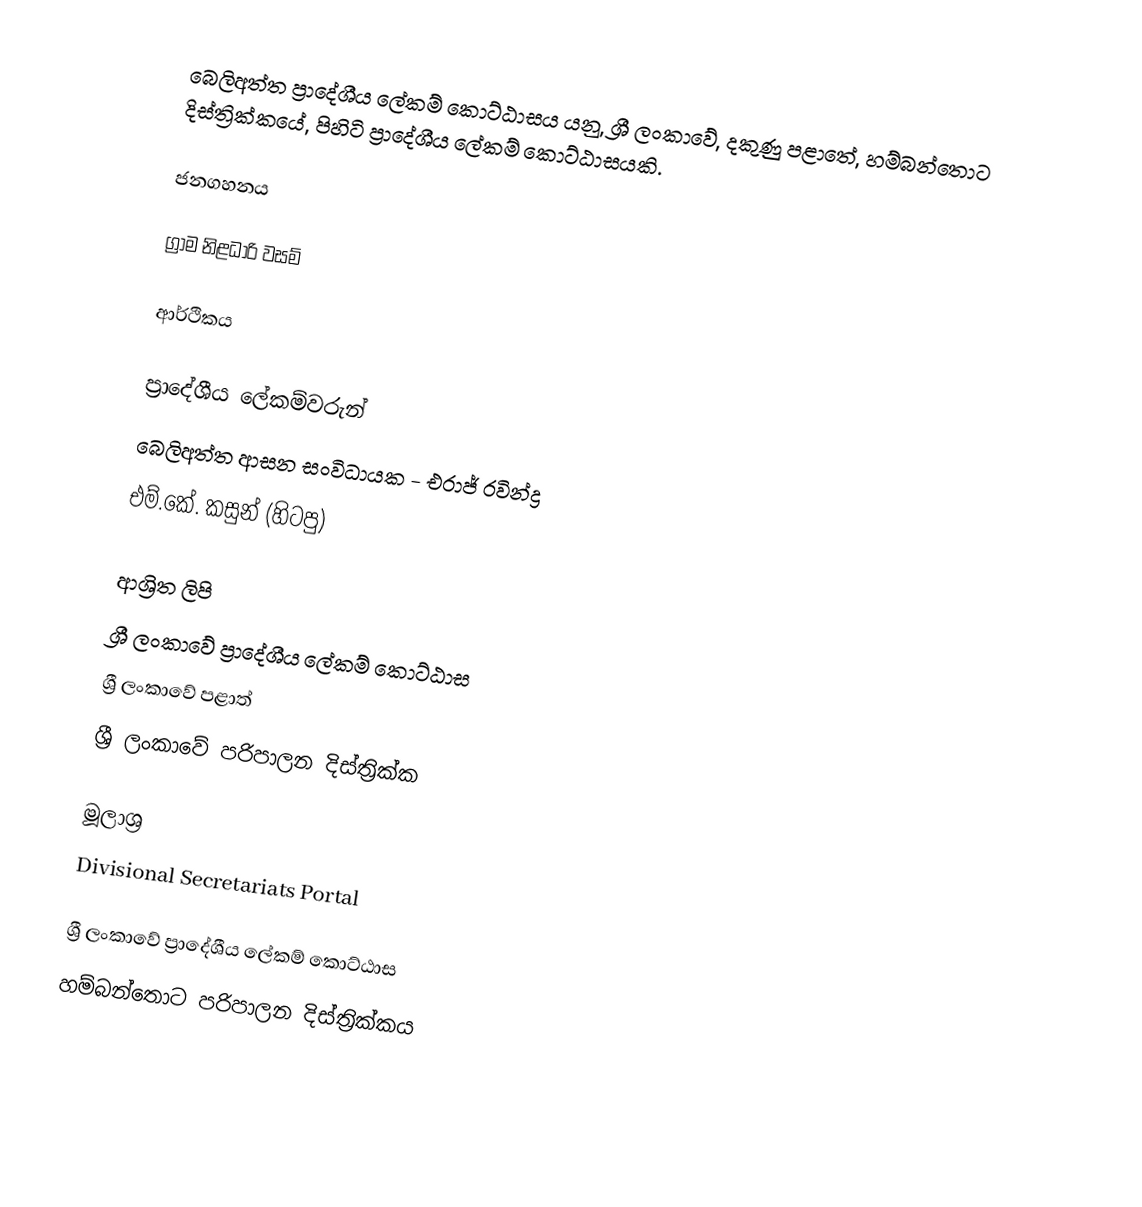
බෙලිඅත්ත ප්‍රාදේශීය ලේකම් කොට්ඨාසය යනු,  ශ්‍රී ලංකාවේ, දකුණු පළාතේ,   හම්බන්තොට දිස්ත්‍රික්කයේ, පිහිටි ප්‍රාදේශීය ලේකම් කොට්ඨාසයකි.

ජනගහනය

ග්‍රාම නිළධාරි වසම්

ආර්ථිකය

ප්‍රාදේශීය ලේකම්වරුන්
 බෙලිඅත්ත ආසන සංවිධායක - එරාජ් රවින්ද්‍ර
 එම්.කේ. කසුන් (හිටපු)

ආශ්‍රිත ලිපි
ශ්‍රී ලංකාවේ ප්‍රාදේශීය ලේකම් කොට්ඨාස
ශ්‍රී ලංකාවේ පළාත්
ශ්‍රී ලංකාවේ පරිපාලන දිස්ත්‍රික්ක

මූලාශ්‍ර
 Divisional Secretariats Portal

ශ්‍රී ලංකාවේ ප්‍රාදේශීය ලේකම් කොට්ඨාස
හම්බන්තොට පරිපාලන දිස්ත්‍රික්කය